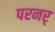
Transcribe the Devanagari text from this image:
परनर्